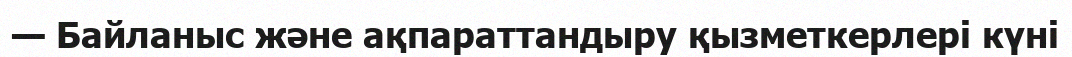
— Байланыс және ақпараттандыру қызметкерлері күні